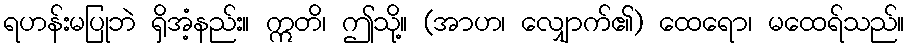
ရဟန်းမပြုဘဲ ရှိအံ့နည်း။ ဣတိ၊ ဤသို့။ (အာဟ၊ လျှောက်၏) ထေရော၊ မထေရ်သည်။